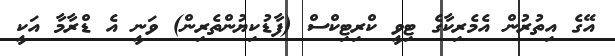
އޭގެ އިތުރުން އެމެރިކާގެ ޓިވީ ކްރިޓިކްސް (ފާޑުކިޔުންތެރިން) ވަނީ އެ ޑްރާމާ އަކީ